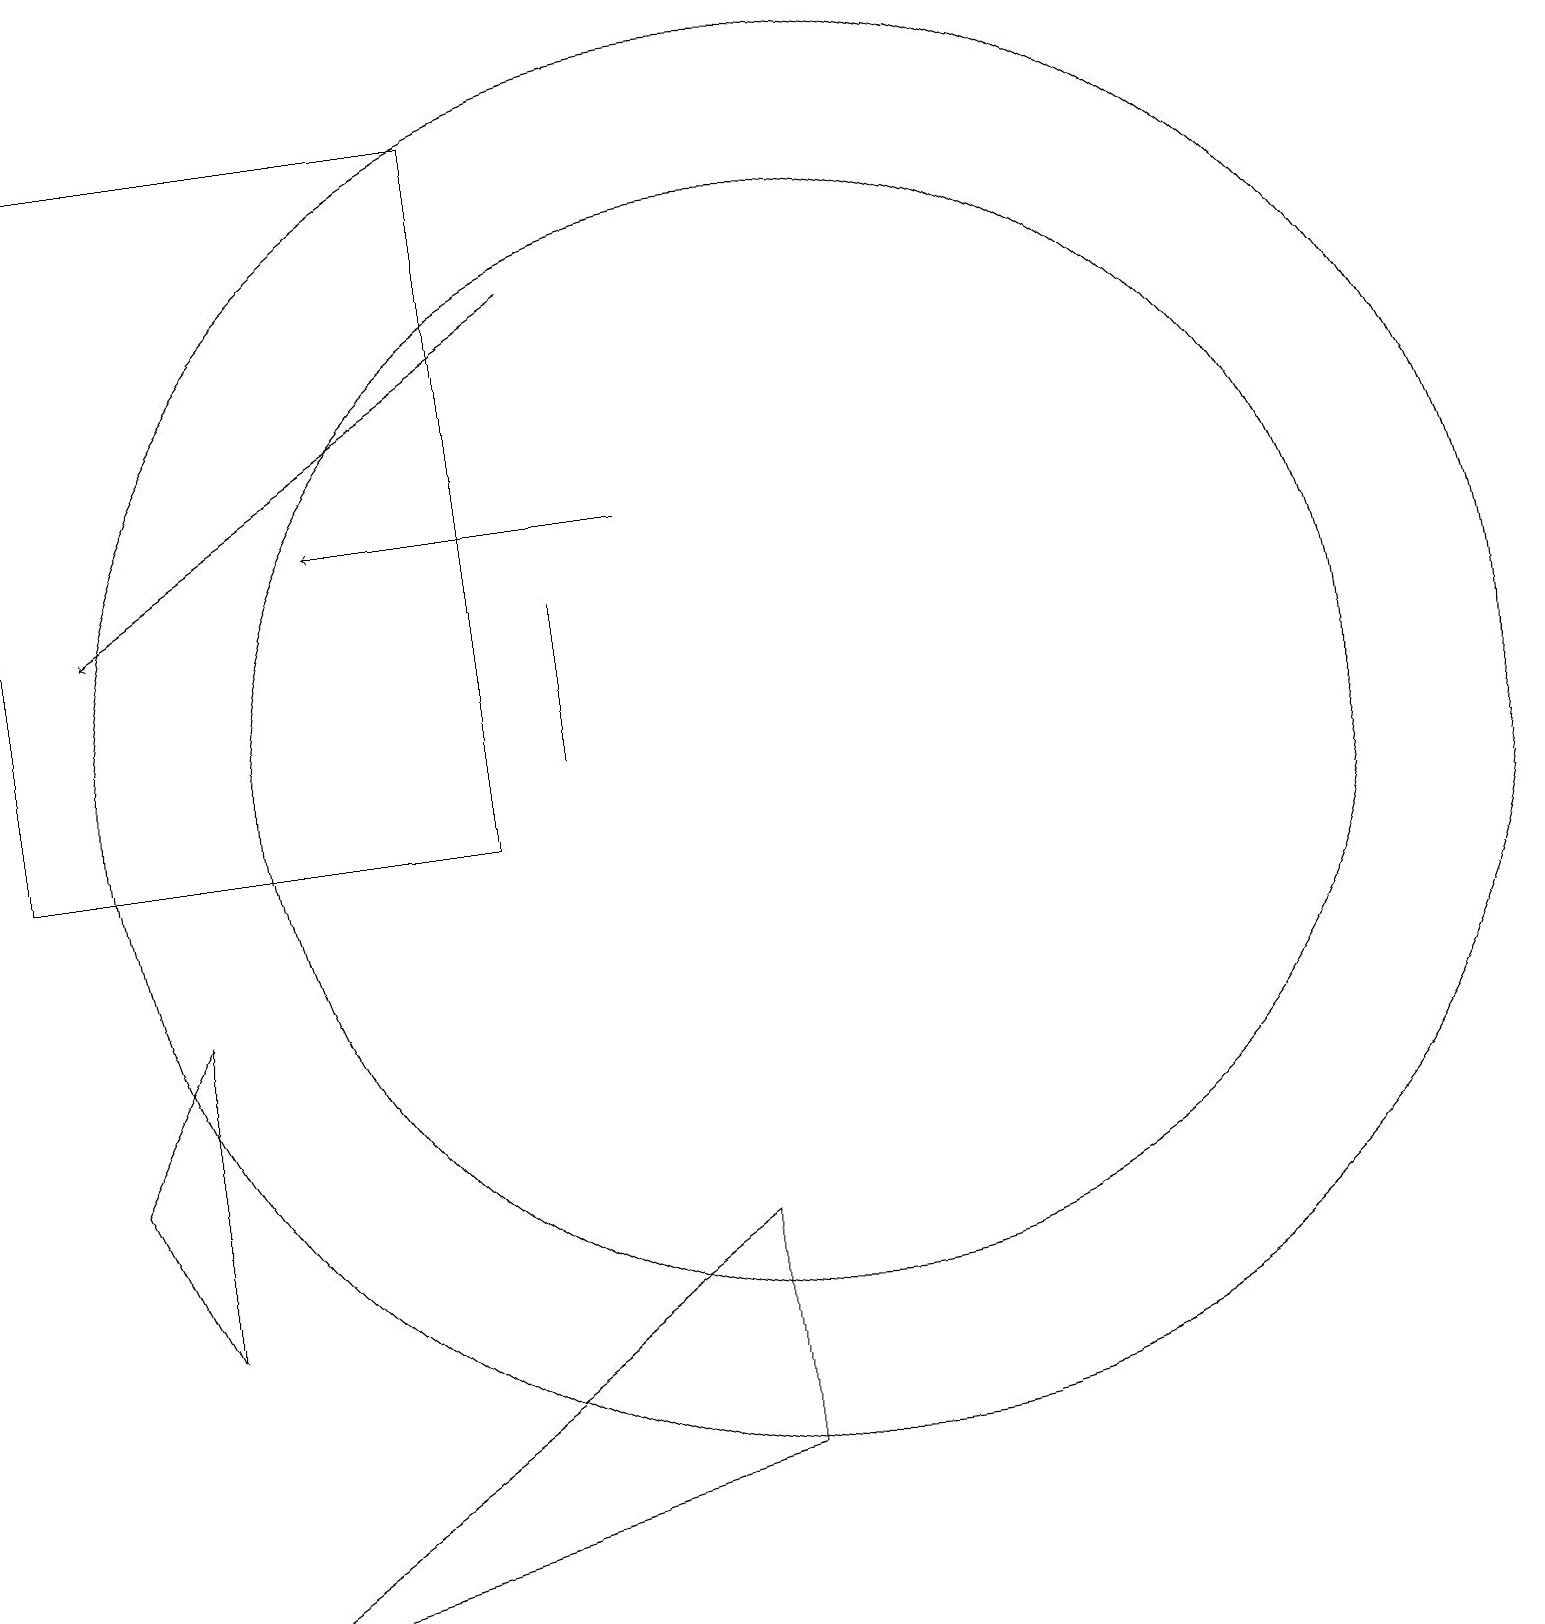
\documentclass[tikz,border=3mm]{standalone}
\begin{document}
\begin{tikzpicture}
\draw[->] (8,14) -- (4,14);
\draw (0,10) rectangle (6,19);
\draw[->] (7,17) -- (1,13);
\draw (2,8) -- (1,6) -- (2,4) -- cycle;
\draw (7,13) rectangle (7,11);
\draw (2,0) -- (9,2) -- (9,5) -- cycle;
\draw (10,11) circle (7);
\draw (10,11) circle (9);
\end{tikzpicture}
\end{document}